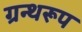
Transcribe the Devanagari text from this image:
ग्रन्थरूप